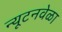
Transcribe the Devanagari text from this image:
न्यूटनवेळा